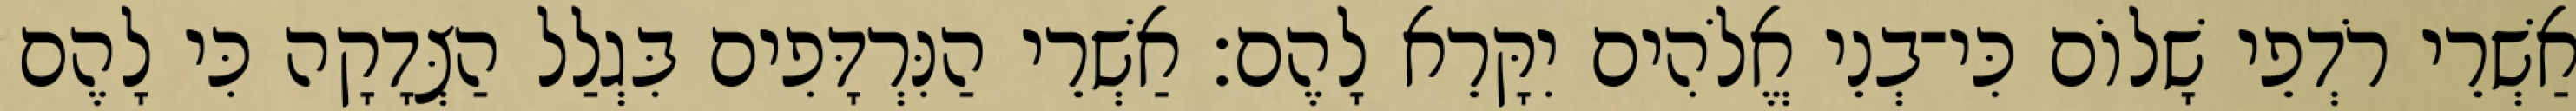
אַשְׁרֵי רֹדְפֵי שָׁלוֹם כִּי־בְנֵי אֱלֹהִים יִקָּרֵא לָהֶם׃ אַשְׁרֵי הַנִּרְדָּפִים בִּגְלַל הַצְּדָקָה כִּי לָהֶם